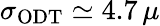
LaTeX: \sigma_{\mathrm{ODT}}\simeq 4.7\, \mu